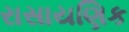
રાસાયણિક